Annual statistical returns and brief notes on vaccination in Bengal - 1887-1898
Year: 1887
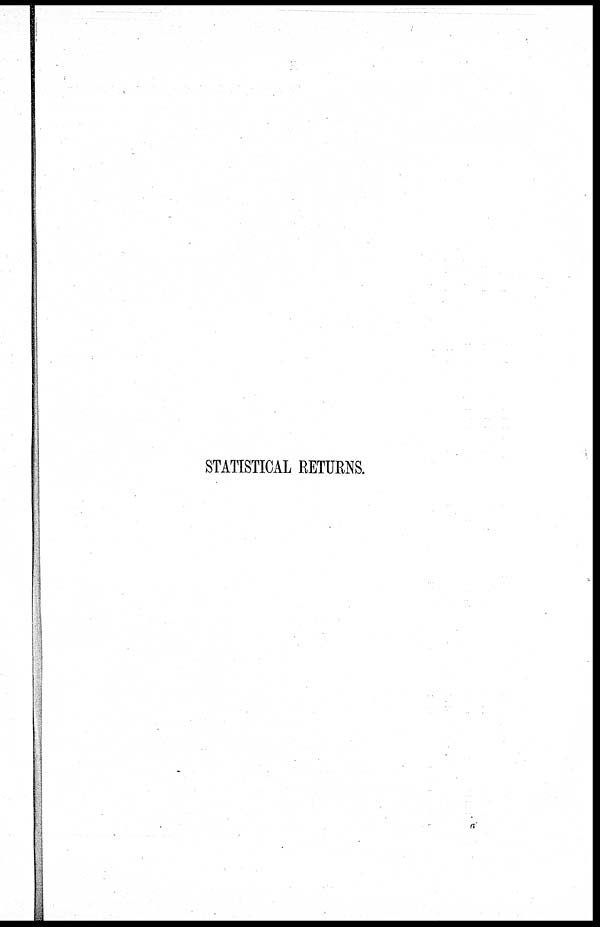
STATISTICAL RETURNS.
a